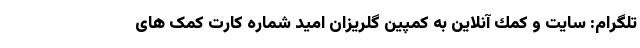
تلگرام: سايت و كمك آنلاين به كمپين گلريزان اميد شماره کارت کمک های